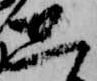
し